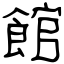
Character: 館